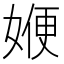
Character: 㛹